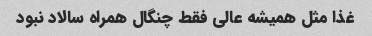
غذا مثل همیشه عالی فقط چنگال همراه سالاد نبود